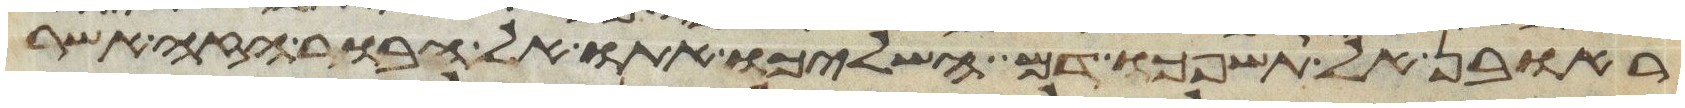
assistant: ראובן אל תשפכו דם השליכו אתו אל הבור הזה אשר